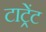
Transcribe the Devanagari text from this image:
टाट्रेंट